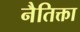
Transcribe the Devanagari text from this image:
नैतिक्ता